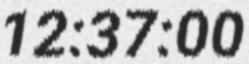
12:37:00